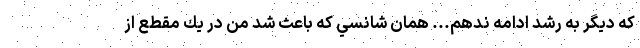
كه ديگر به رشد ادامه ندهم... همان شانسي كه باعث شد من در يك مقطع از